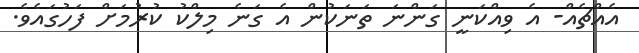
އެއްޗެއް- އެ ވިއްކަނީ ގަންނަ ތަނަކުން އެ ގަނެ މިލްކު ކުރުމަށް ފަހުގައެވެ.